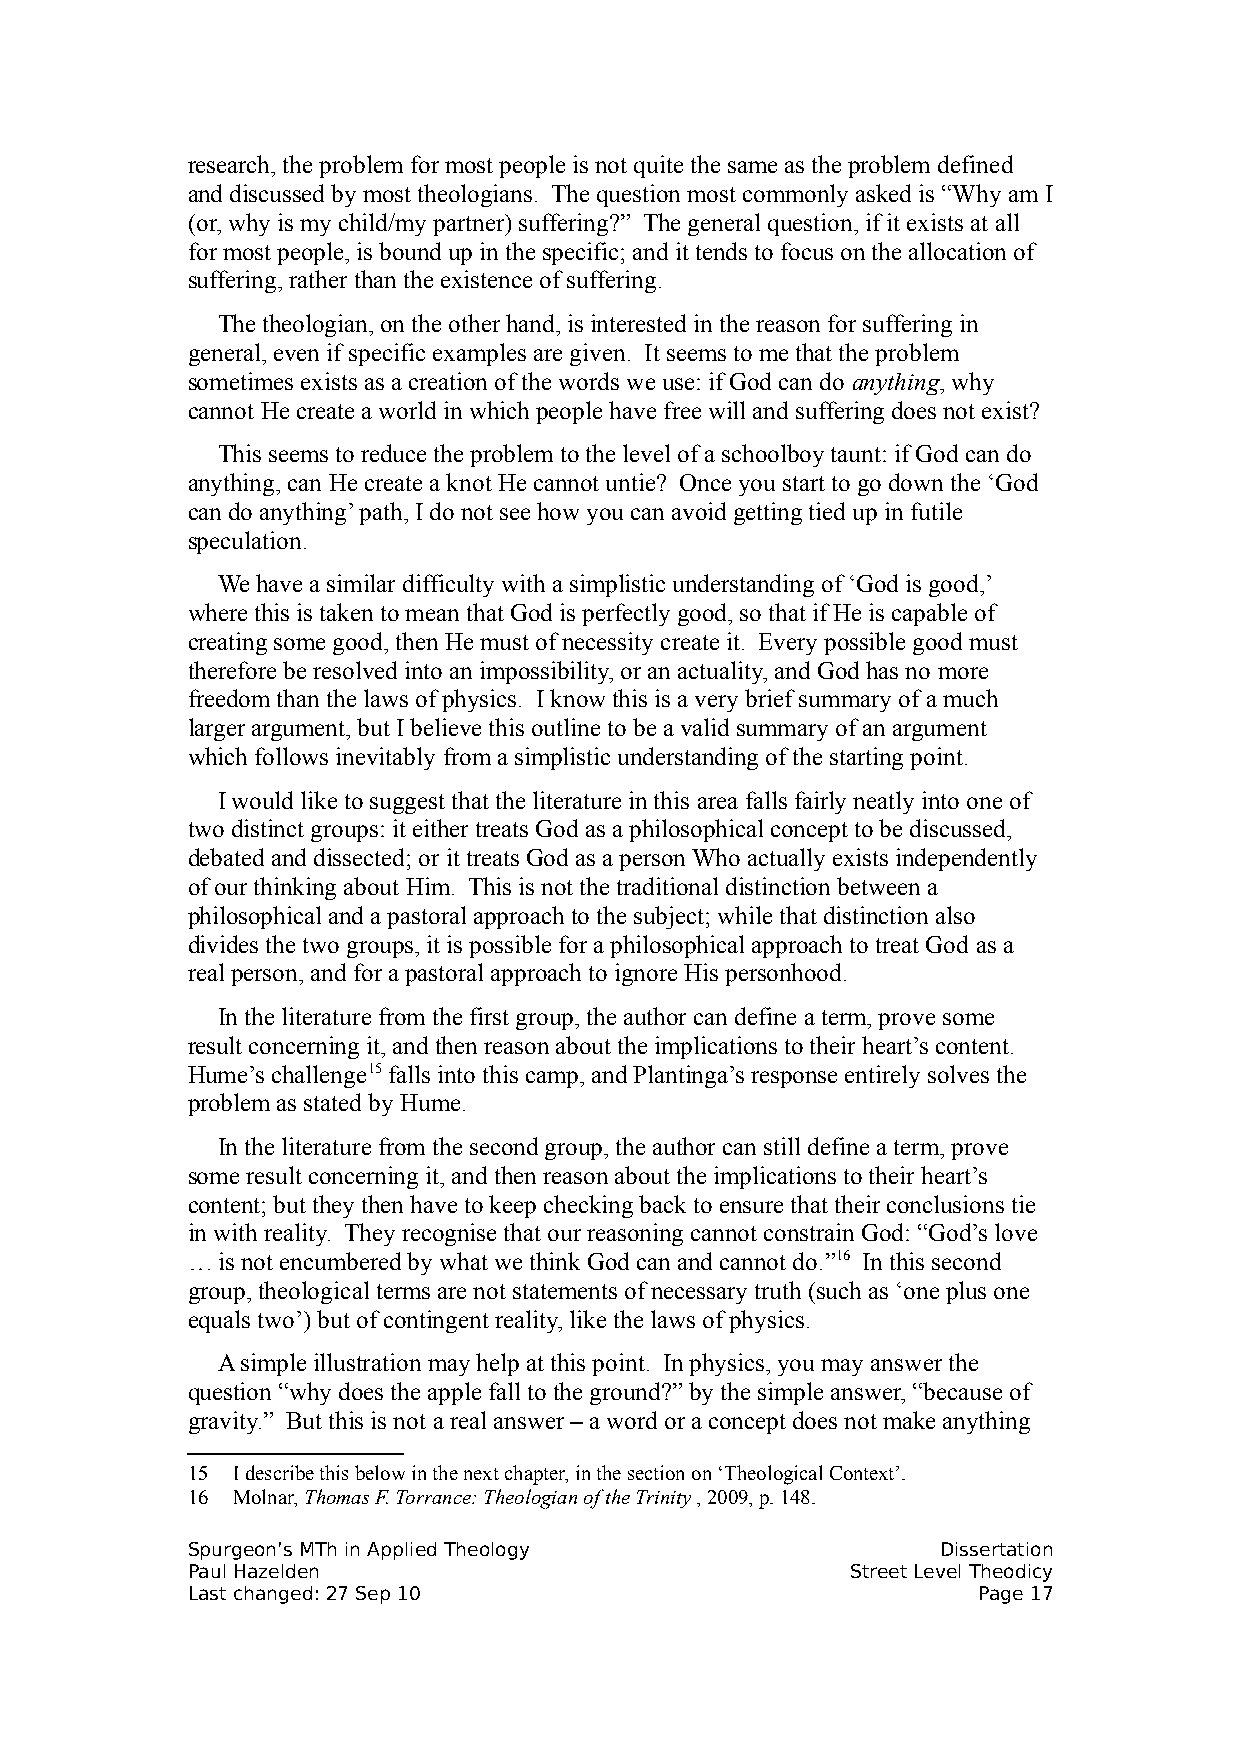
research, the problem for most people is not quite the same as the problem defined
 and discussed by most theologians. The question most commonly asked is “Why am I
 (or, why is my child/my partner) suffering?” The general question, if it exists at all
 for most people, is bound up in the specific; and it tends to focus on the allocation of
 suffering, rather than the existence of suffering.
 The theologian, on the other hand, is interested in the reason for suffering in
 general, even if specific examples are given. It seems to me that the problem
 sometimes exists as a creation of the words we use: if God can do anything, why
 cannot He create a world in which people have free will and suffering does not exist?
 This seems to reduce the problem to the level of a schoolboy taunt: if God can do
 anything, can He create a knot He cannot untie? Once you start to go down the ‘God
 can do anything’ path, I do not see how you can avoid getting tied up in futile
 speculation.
 We have a similar difficulty with a simplistic understanding of ‘God is good,’
 where this is taken to mean that God is perfectly good, so that if He is capable of
 creating some good, then He must of necessity create it. Every possible good must
 therefore be resolved into an impossibility, or an actuality, and God has no more
 freedom than the laws of physics. I know this is a very brief summary of a much
 larger argument, but I believe this outline to be a valid summary of an argument
 which follows inevitably from a simplistic understanding of the starting point.
 I would like to suggest that the literature in this area falls fairly neatly into one of
 two distinct groups: it either treats God as a philosophical concept to be discussed,
 debated and dissected; or it treats God as a person Who actually exists independently
 of our thinking about Him. This is not the traditional distinction between a
 philosophical and a pastoral approach to the subject; while that distinction also
 divides the two groups, it is possible for a philosophical approach to treat God as a
 real person, and for a pastoral approach to ignore His personhood.
 In the literature from the first group, the author can define a term, prove some
 result concerning it, and then reason about the implications to their heart’s content.
 Hume’s challenge15 falls into this camp, and Plantinga’s response entirely solves the
 problem as stated by Hume.
 In the literature from the second group, the author can still define a term, prove
 some result concerning it, and then reason about the implications to their heart’s
 content; but they then have to keep checking back to ensure that their conclusions tie
 in with reality. They recognise that our reasoning cannot constrain God: “God’s love
 … is not encumbered by what we think God can and cannot do.”16 In this second
 group, theological terms are not statements of necessary truth (such as ‘one plus one
 equals two’) but of contingent reality, like the laws of physics.
 A simple illustration may help at this point. In physics, you may answer the
 question “why does the apple fall to the ground?” by the simple answer, “because of
 gravity.” But this is not a real answer – a word or a concept does not make anything
 15 I describe this below in the next chapter, in the section on ‘Theological Context’.
 16 Molnar, Thomas F. Torrance: Theologian of the Trinity , 2009, p. 148.
 Spurgeon’s MTh in Applied Theology                Dissertation
 Paul Hazelden                               Street Level Theodicy
 Last changed: 27 Sep 10                              Page 17